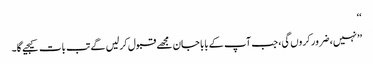
‘‘
’’نہیں، ضرور کروں گی، جب آپ کے بابا جان مجھے قبول کرلیں گے تب بات کیجیے گا۔